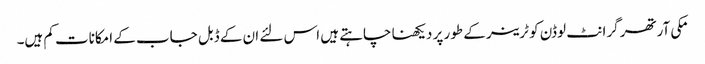
مکی آرتھر گرانٹ لوڈن کو ٹرینر کے طور پر دیکھنا چاہتے ہیں اس لئے ان کے ڈبل جاب کے امکانات کم ہیں۔